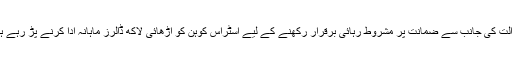
عدالت کی جانب سے ضمانت پر مشروط رہائی برقرار رکھنے کے لیے اسٹراس کوہن کو اڑھائی لاکھ ڈالرز ماہانہ ادا کرنے پڑ رہے ہیں۔